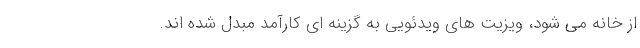
از خانه می شود، ویزیت های ویدئویی به گزینه ای کارآمد مبدل شده اند.